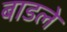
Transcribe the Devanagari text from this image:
बाडले